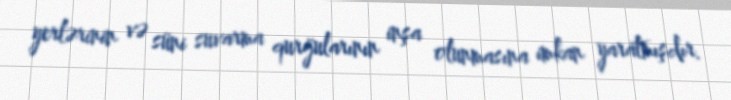
yerlərinin və süni suvarma qurğularının inşa olunmasına imkan yaratmışdır.